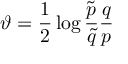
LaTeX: \vartheta = { \frac { 1 } { 2 } } \log { { \frac { \tilde { p } } { \tilde { q } } } { \frac { q } { p } } }